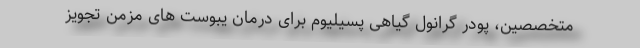
متخصصین، پودر گرانول گیاهی پسیلیوم برای درمان یبوست های مزمن تجویز